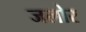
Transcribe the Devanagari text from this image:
जलोर